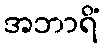
အဘာရိံ